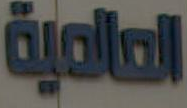
العالمية